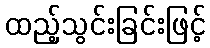
ထည့်သွင်းခြင်းဖြင့်